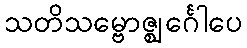
သတိသမ္ဗောဇ္ဈင်္ဂေါပေ